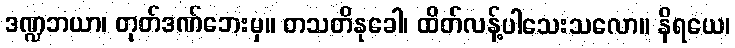
ဒဏ္ဍဘယာ၊ တုတ်ဒဏ်ဘေးမှ။ တသတိနုခေါ၊ ထိတ်လန့်ပါသေးသလော။ နိရယေ၊